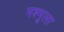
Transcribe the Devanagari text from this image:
मश्मूला